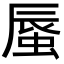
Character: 蜃